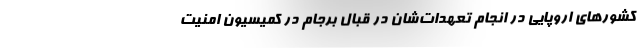
کشورهای اروپایی در انجام تعهدات‌شان در قبال برجام در کمیسیون امنیت